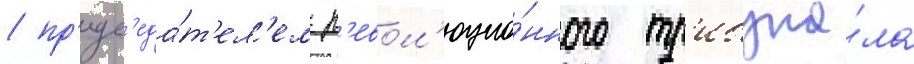
/ пр'едс'еда́т'ел'ем р'евол'юцио́нного тр'ибуна́ла